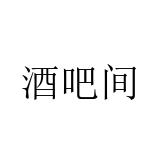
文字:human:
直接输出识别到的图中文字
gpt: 酒吧间